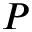
P